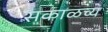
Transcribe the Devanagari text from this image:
सकाळच्य